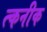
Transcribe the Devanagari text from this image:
त्कनीक